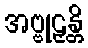
အဗ္ဗုဠှန္တိ